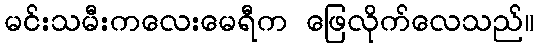
မင်းသမီးကလေးမေရီက ဖြေလိုက်လေသည်။